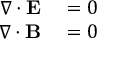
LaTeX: \begin{array} { r l } { \nabla \cdot \mathbf { E } } & { { } = 0 } \\ { \nabla \cdot \mathbf { B } } & { { } = 0 } \end{array}